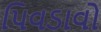
પિવડાવો